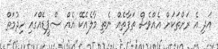
އަދި އެ ރަށްތަކަށް އެއްވެސް ތަފާތެއް ނެތި މާލެއެކޭ އެއް ސްޕީޑެއްގައި ހިދުމަތް